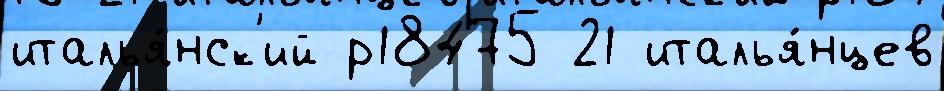
италья́нск'ий р18475 21 италья́нцев